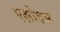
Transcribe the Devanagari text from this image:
एक्षोडस